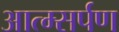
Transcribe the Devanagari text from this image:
आत्म्सर्पण